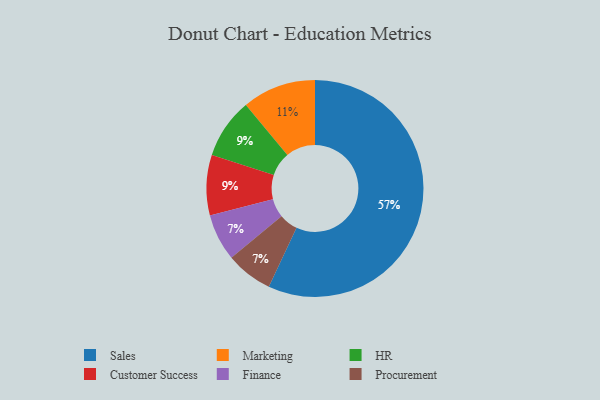
{"axis": {"x": "Category", "y": "Percentage"}, "legend": ["Customer Success", "Finance", "HR", "Marketing", "Procurement", "Sales"], "data": [{"x": "Marketing", "y": 11, "type": "Marketing"}, {"x": "Sales", "y": 57, "type": "Sales"}, {"x": "HR", "y": 9, "type": "HR"}, {"x": "Finance", "y": 7, "type": "Finance"}, {"x": "Procurement", "y": 7, "type": "Procurement"}, {"x": "Customer Success", "y": 9, "type": "Customer Success"}]}